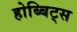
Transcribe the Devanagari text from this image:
होब्बिट्स